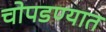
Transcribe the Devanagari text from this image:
चोपडण्यात